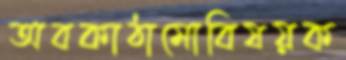
অবকাঠামোবিষয়ক